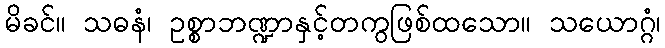
မိခင်။ သဓနံ၊ ဥစ္စာဘဏ္ဍာနှင့်တကွဖြစ်ထသော။ သယောဂ္ဂံ၊